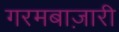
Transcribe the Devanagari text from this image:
गरमबाज़ारी